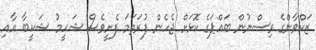
ޒަކްވާންގެ ވިސްނުން ބައްޕަގެ ކޮޅަށް ޖެހެން ފުރަތަމަ ފެށީވެސް ޝަހީމު ޝަކީބާ އާއި